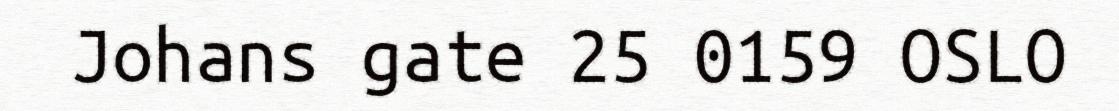
Johans gate 25 0159 OSLO